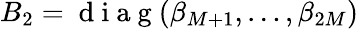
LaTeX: B_{2}=\mathrm{~d~i~a~g~}(\beta_{M+1},\ldots,\beta_{2M})